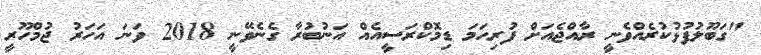
"ގަބޫލުފުޅުކުރެއްވެނީ ރާއްޖެއަށް ފުރިހަމަ ޑިމޮކްރަސީއެއް އަނުބުރާ ގެނެވޭނީ 2018 ވަނަ އަހަރު ޖުމްހޫރީ